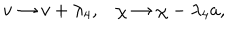
v \rightarrow v + \lambda _ { 4 } , \chi \rightarrow \chi - \lambda _ { 4 } a ,